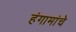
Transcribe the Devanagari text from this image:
हंगामांचे